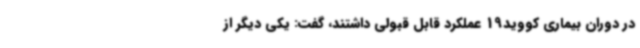
در دوران بیماری کووید19 عملکرد قابل قبولی داشتند، گفت: یکی دیگر از